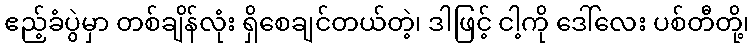
ဧည့်ခံပွဲမှာ တစ်ချိန်လုံး ရှိစေချင်တယ်တဲ့၊ ဒါဖြင့် ငါ့ကို ဒေါ်လေး ပစ်တီတို့၊